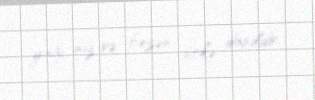
yağı, duz və bəzən sirkə daxildir.